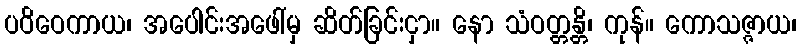
ပဝိဝေကာယ၊ အပေါင်းအဖေါ်မှ ဆိတ်ခြင်းငှာ။ နော သံဝတ္တန္တိ၊ ကုန်။ ကောသဇ္ဇာယ၊